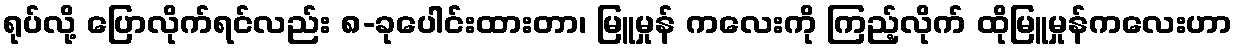
ရုပ်လို့ ပြောလိုက်ရင်လည်း ၈-ခုပေါင်းထားတာ၊ မြူမှုန် ကလေးကို ကြည့်လိုက် ထိုမြူမှုန်ကလေးဟာ